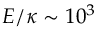
E / \kappa \sim 1 0 ^ { 3 }